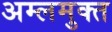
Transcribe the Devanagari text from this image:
अम्लमुक्त